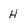
Character: H